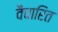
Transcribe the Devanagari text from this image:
वैचारित